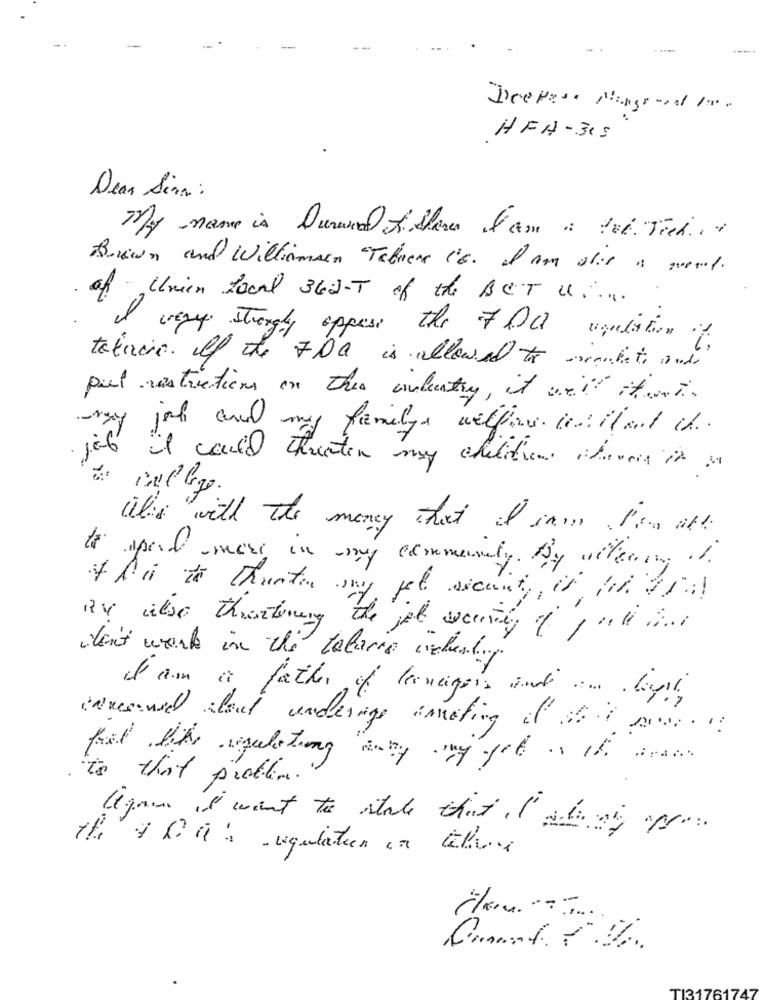
Deepest Mingsont 10.
HFA-315
Dear Sira :
My name is Duranal & Shaw I am a lot. Tich, i
Brown and Williamson Tabaere 16. Iam dir a moral.
of Unien Local 362-T of the BCT U ...
very strongly oppose the FOI ugulation if
tobias. If the FDa is allowed to manhat and
pul restrictions on the contentry, it welt it was.
may joh ana my family welfare con Iland it ..
job it could threaten my chilitien chenis it is
it's with the money that I in Ima all
to spend more in my community. By welearn of
tla to Thunter my pet security, it lot til
av also Threatening the job security of juli ...
don't work in the Valarie weberby
I am a father of lancigers and ... . boy !!
enresuel alout underage ameting if It www.
to that problem."
Wow is want to state that I stay op ...
the lia regulation on theme
Comot. T. Dr.
TI31761747